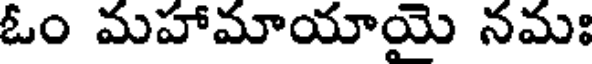
ఓం మహామాయాయై నమః